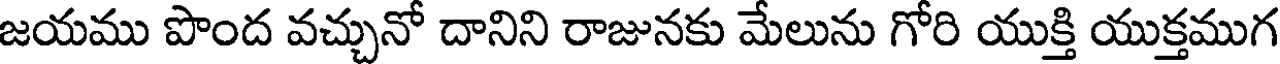
జయము పొంద వచ్చునో దానిని రాజునకు మేలును గోరి యుక్తి యుక్తముగ